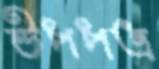
উপপত্র